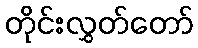
တိုင်းလွှတ်တော်